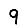
Digit: 9